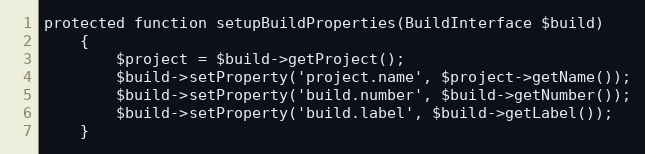
Language: PHP
protected function setupBuildProperties(BuildInterface $build)
    {
        $project = $build->getProject();
        $build->setProperty('project.name', $project->getName());
        $build->setProperty('build.number', $build->getNumber());
        $build->setProperty('build.label', $build->getLabel());
    }